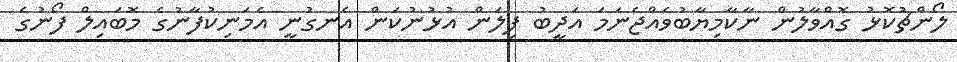
ލޯންޗުކޮޅު ގޮއްވާލުން ނާކާމިޔާބުވެއްޖެނަމަ އަދީބު ފިލަން އުޅުނުކަން އެނގުނީ އެމަނިކުފާނުގެ މޮބައިލް ފޯނުގެ